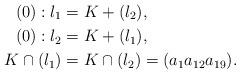
LaTeX: \begin{align*}(0):l_1 & = K+(l_2),\\(0):l_2 &= K+(l_1),\\K\cap (l_1) &=K\cap (l_2)=(a_1a_{12}a_{19}). \end{align*}